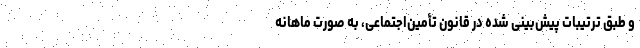
و طبق ترتیبات پیش‌بینی شده در قانون تأمین‌اجتماعی، به صورت ماهانه